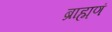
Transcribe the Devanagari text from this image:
ब्राह्मणं